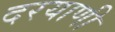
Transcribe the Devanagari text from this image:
दरयाणी